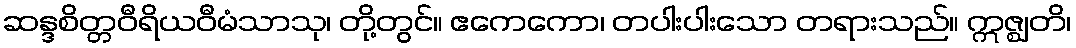
ဆန္ဒစိတ္တဝီရိယဝီမံသာသု၊ တို့တွင်။ ဧကေကော၊ တပါးပါးသော တရားသည်။ ဣဇ္ဈတိ၊